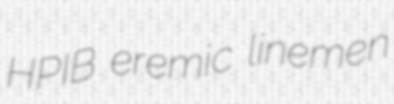
HPIB eremic linemen